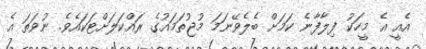
އެއީ އެ މީހަކު ފިލާފާނެ ކަމަށް ބެލެވޭނަމަ މުޖުތަމައުގެ ރައްކަލަށްޓަކައެވެ. ނުވަތަ އެ